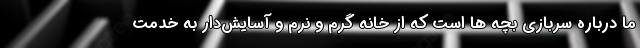
ما درباره سربازی بچه ها است که از خانه گرم و نرم و آسایش‌دار به خدمت